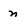
Character: n